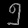
Digit: ၅